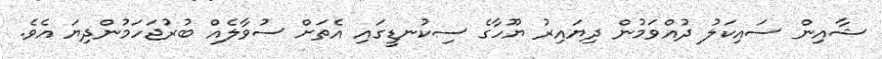
ޝާއިން ސައިކަލު ދުއްވަމުން ދިޔައިރު ޔޫހާގެ ސިކުނޑީގައި އެތަށް ސުވާލެއް ބުރުޖަހަމުންދިޔަ އެވެ.